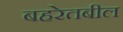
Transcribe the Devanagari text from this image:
बहरेतबील